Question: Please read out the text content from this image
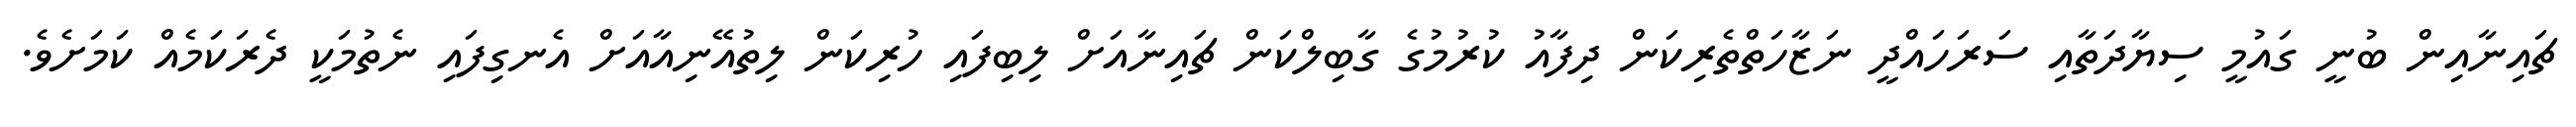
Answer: ޗައިނާއިން ބުނީ ގައުމީ ސިޔާދަތާއި ސަރަހައްދީ ނަޒާހަތްތެރިކަން ދިފާއު ކުރުމުގެ ގާބިލްކަން ޗައިނާއަށް ލިބިފައި ހުރިކަން ލިތުއޭނިއާއަށް އެނގިފައި ނެތުމަކީ ދެރަކަމެއް ކަމަށެވެ.